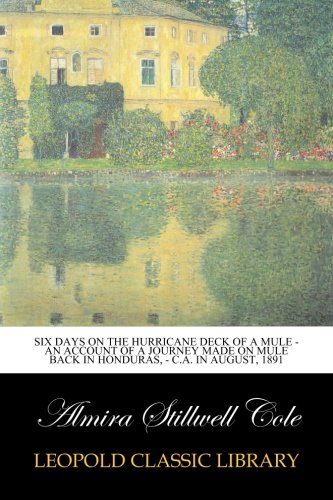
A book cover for Six Days on the Hurricane Deck of a Mule - An account of a journey made on mule back in Honduras, - C.A. in August, 1891; Almira Stillwell Cole; Travel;